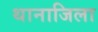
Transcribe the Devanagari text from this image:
थानाजिला